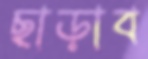
ছাড়াব